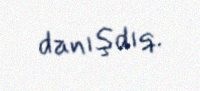
danışdıq.